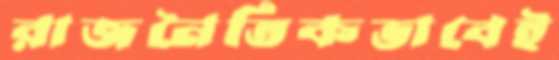
রাজনৈতিকভাবেই